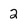
Character: 2